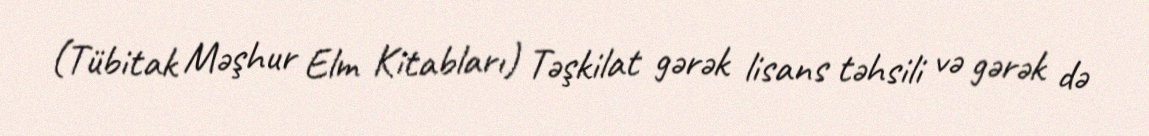
(Tübitak Məşhur Elm Kitabları) Təşkilat gərək lisans təhsili və gərək də